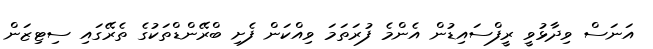
އަނަސް ވިދާޅުވީ ރީފްސައިޑުން އެންމެ ފުރަތަމަ ވިއްކަން ފެށި ބްރޭންޑްތަކުގެ ތެރޭގައި ސިޓިޒަން